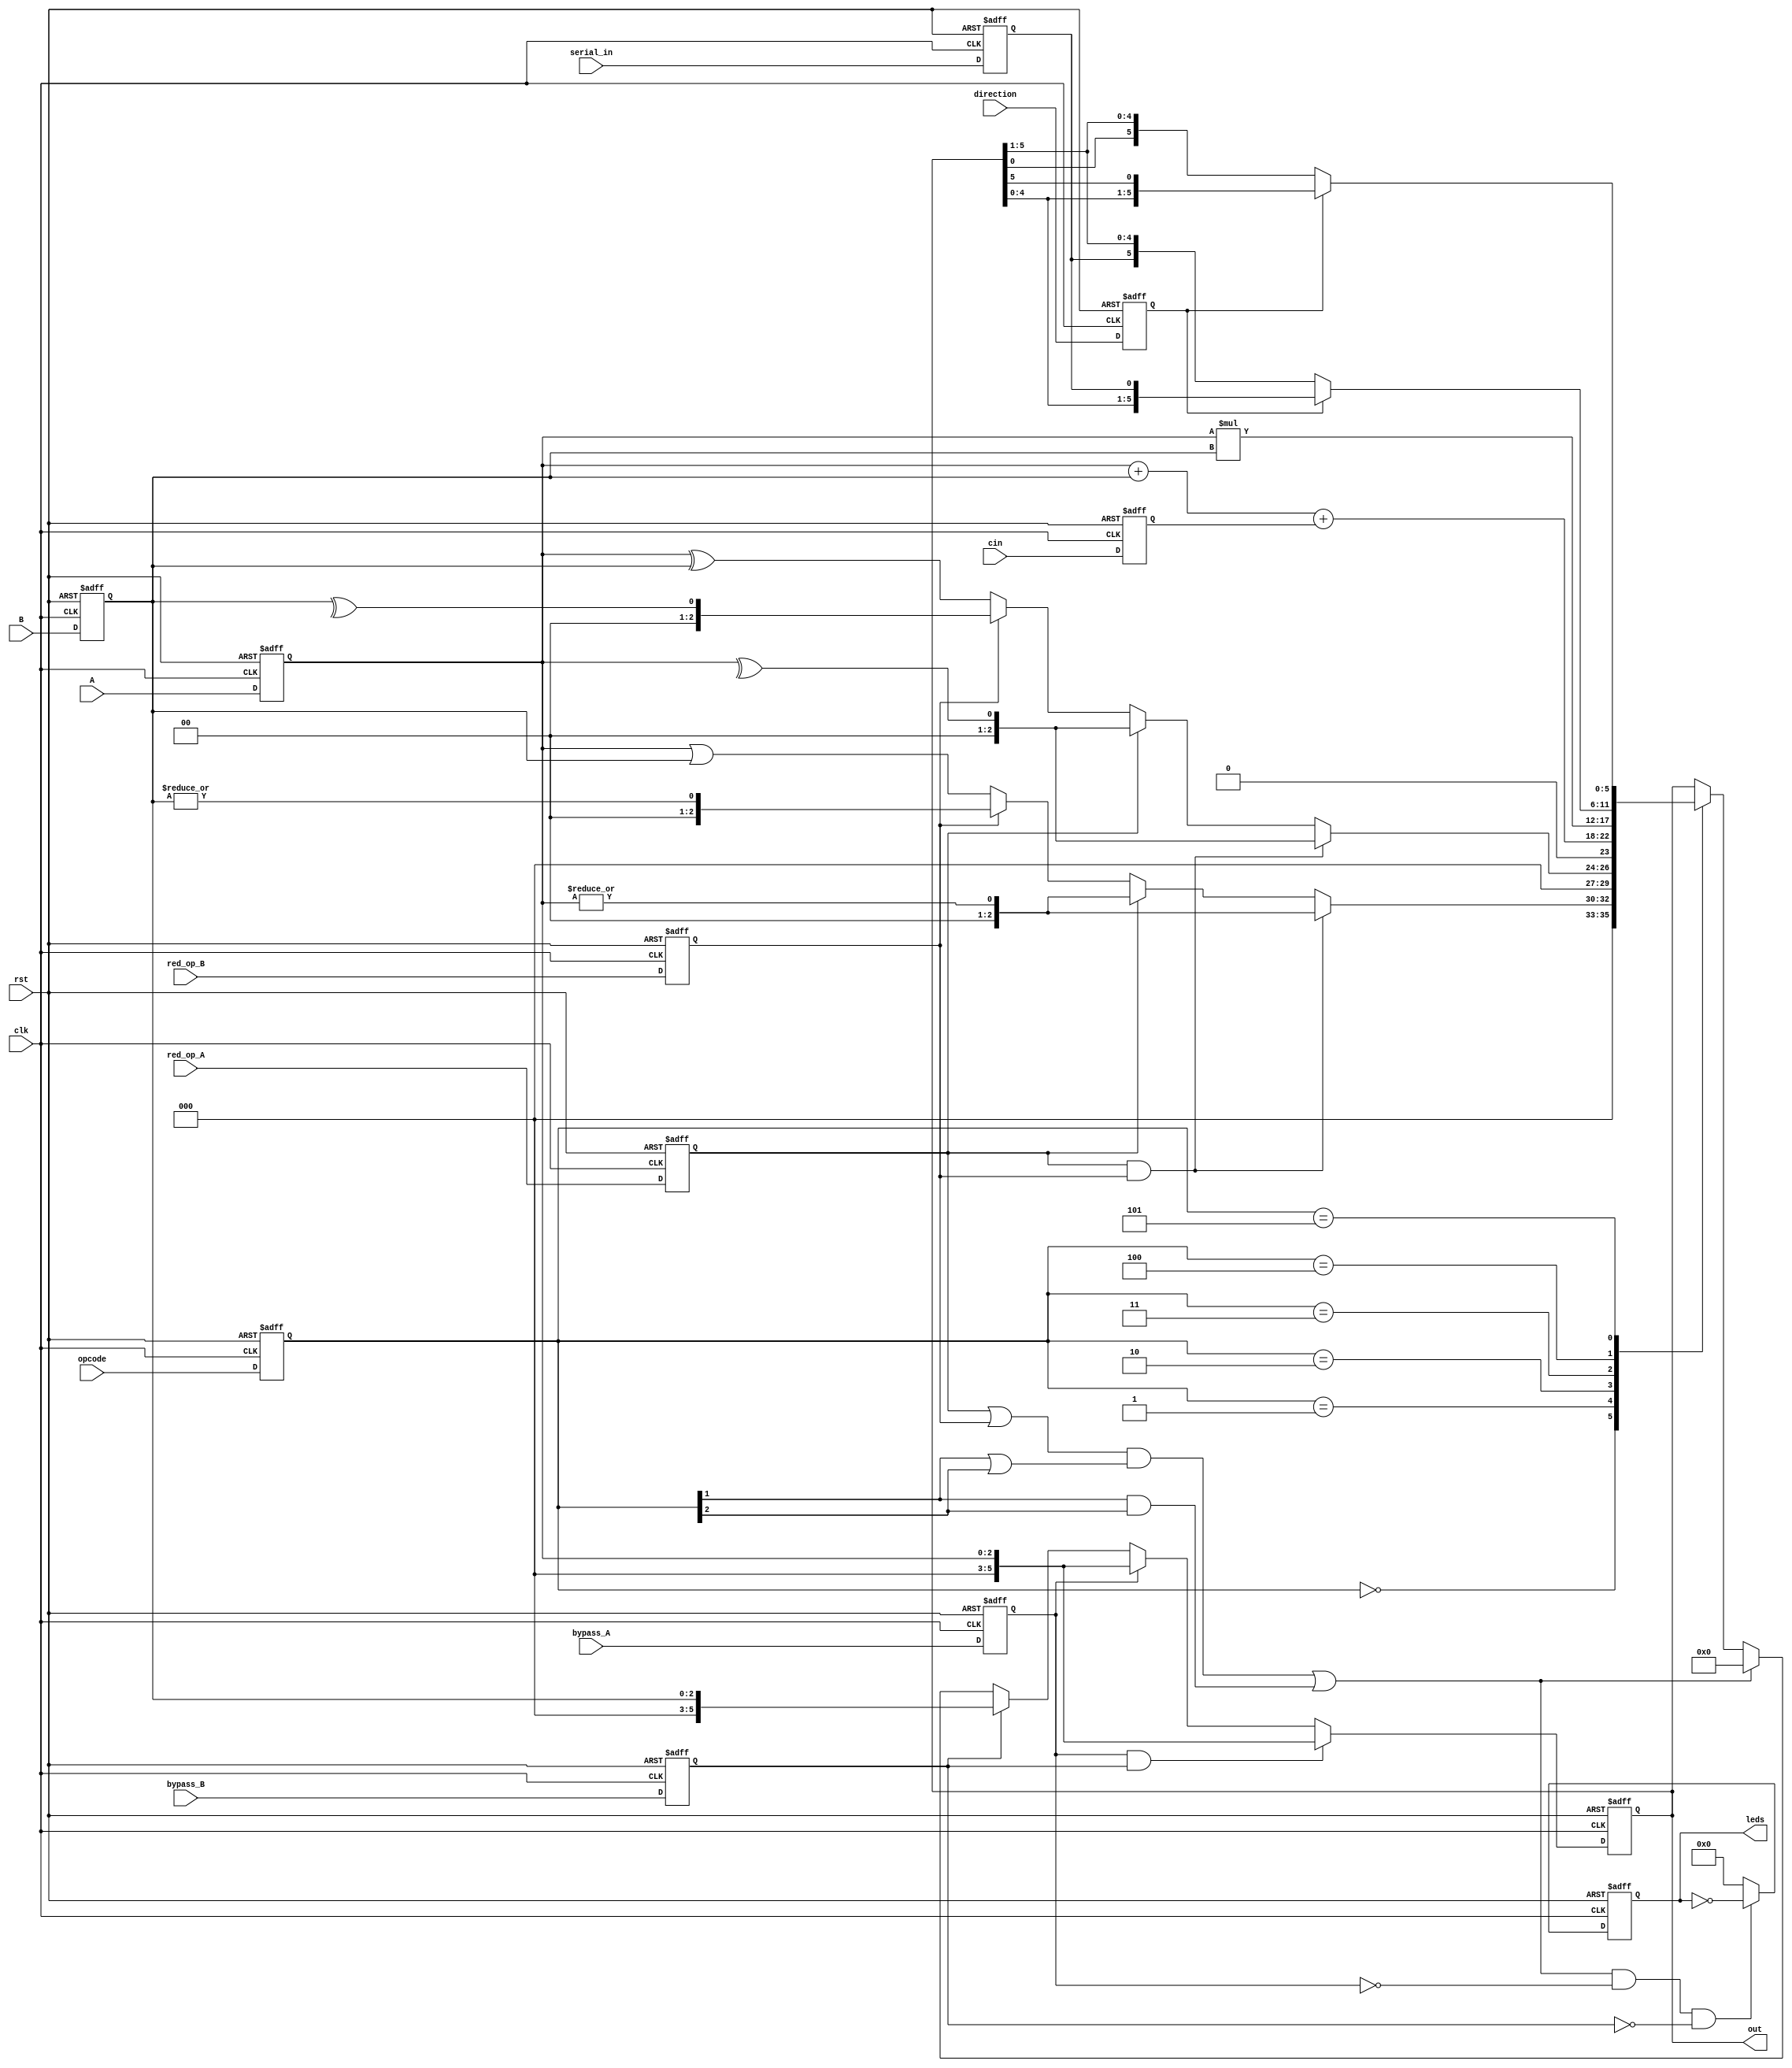
////////////////////////////////////////////////////////////////////////////////
module ALSU(A, B, cin, serial_in, red_op_A, red_op_B, opcode, bypass_A, bypass_B, clk, rst, direction, leds, out);
parameter INPUT_PRIORITY = "A";
parameter FULL_ADDER = "ON";
input clk, rst, cin, red_op_A, red_op_B, bypass_A, bypass_B, direction, serial_in;
input [2:0] opcode;
input signed [2:0] A, B;
output reg [15:0] leds;
output reg [5:0] out;

reg cin_reg, red_op_A_reg, red_op_B_reg, bypass_A_reg, bypass_B_reg, direction_reg, serial_in_reg;
reg [2:0] opcode_reg, A_reg, B_reg;

wire invalid_red_op, invalid_opcode, invalid;

assign invalid_red_op = (red_op_A_reg | red_op_B_reg) & ((opcode_reg[1] | opcode_reg[2]));
assign invalid_opcode = opcode_reg[1] & opcode_reg[2];
assign invalid = invalid_red_op | invalid_opcode;

always @(posedge clk or posedge rst) begin
  if(rst) begin
     cin_reg <= 0;
     red_op_B_reg <= 0;
     red_op_A_reg <= 0;
     bypass_B_reg <= 0;
     bypass_A_reg <= 0;
     direction_reg <= 0;
     serial_in_reg <= 0;
     opcode_reg <= 0;
     A_reg <= 0;
     B_reg <= 0;
  end else begin
     cin_reg <= cin;
     red_op_B_reg <= red_op_B;
     red_op_A_reg <= red_op_A;
     bypass_B_reg <= bypass_B;
     bypass_A_reg <= bypass_A;
     direction_reg <= direction;
     serial_in_reg <= serial_in;
     opcode_reg <= opcode;
     A_reg <= A;
     B_reg <= B;
  end
end

always @(posedge clk or posedge rst) begin
  if(rst) begin
     leds <= 0;
  end else begin
      if ((invalid)&&(!(bypass_A_reg))&&(!(bypass_B_reg)))
        leds <= ~leds;
      else
        leds <= 0;
  end
end

always @(posedge clk or posedge rst) begin
  if(rst) begin
    out <= 0;
  end
  else begin
    if (bypass_A_reg && bypass_B_reg)
      out <= (INPUT_PRIORITY == "A")? A_reg: B_reg;
    else if (bypass_A_reg)
      out <= A_reg;
    else if (bypass_B_reg)
      out <= B_reg;
    else if (invalid) 
        out <= 0;
  
    else begin
        case (opcode_reg)
          3'h0: begin 
            if (red_op_A_reg && red_op_B_reg)
              out = (INPUT_PRIORITY == "A")? |A_reg: |B_reg;
            else if (red_op_A_reg) 
              out <= |A_reg;
            else if (red_op_B_reg)
              out <= |B_reg;
            else 
              out <= A_reg | B_reg;
          end
          3'h1: begin
            if (red_op_A_reg && red_op_B_reg)
              out <= (INPUT_PRIORITY == "A")? ^A_reg: ^B_reg;
            else if (red_op_A_reg) 
              out <= ^A_reg;
            else if (red_op_B_reg)
              out <= ^B_reg;
            else 
              out <= A_reg ^ B_reg;
          end
          3'h2: out <= (FULL_ADDER=="ON")? A_reg + B_reg+cin_reg :A_reg+B_reg;
          3'h3: out <= A_reg * B_reg;
          3'h4: begin
            if (direction_reg)
              out <= {out[4:0], serial_in_reg};
            else
              out <= {serial_in_reg, out[5:1]};
          end
          3'h5: begin
            if (direction_reg)
              out <= {out[4:0], out[5]};
            else
              out <= {out[0], out[5:1]};
          end
        endcase
    end 
  end
end

endmodule